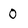
Character: 0